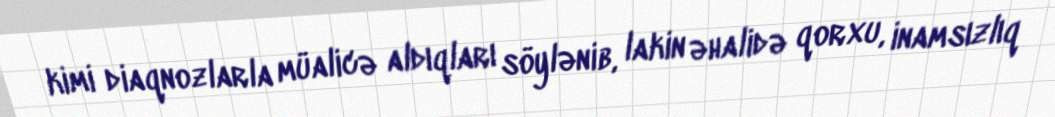
kimi diaqnozlarla müalicə aldıqları söylənib, lakin əhalidə qorxu, inamsızlıq